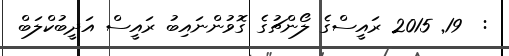
:  19